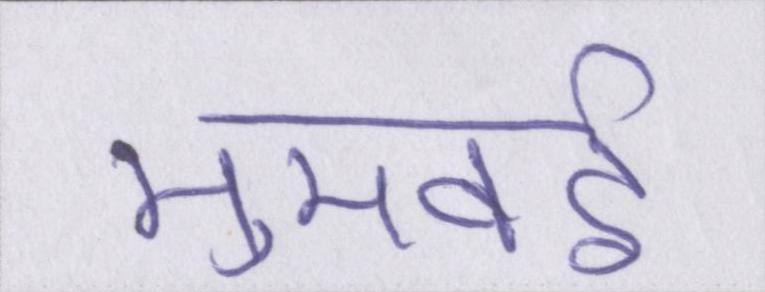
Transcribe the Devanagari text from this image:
मुमबई